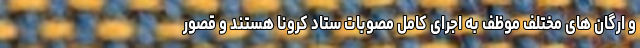
و ارگان های مختلف موظف به اجرای کامل مصوبات ستاد کرونا هستند و قصور